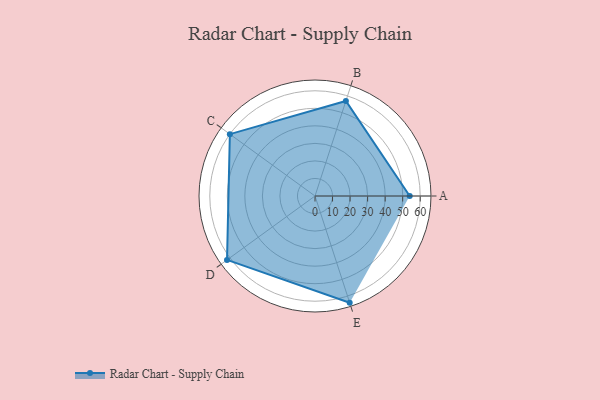
{"axis": {"x": "Skill", "y": "Score"}, "legend": ["Profile"], "data": [{"x": "A", "y": 54.0, "type": "Profile"}, {"x": "B", "y": 57.0, "type": "Profile"}, {"x": "C", "y": 60.0, "type": "Profile"}, {"x": "D", "y": 62.0, "type": "Profile"}, {"x": "E", "y": 64.0, "type": "Profile"}]}